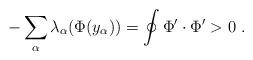
LaTeX: \begin{align*}- \sum_\alpha \lambda_\alpha (\Phi(y_\alpha))= \oint \Phi'\cdot \Phi'>0~.\end{align*}